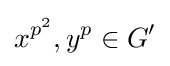
x^{p^{2}},y^{p}\in G'